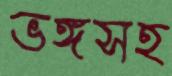
ভঙ্গসহ